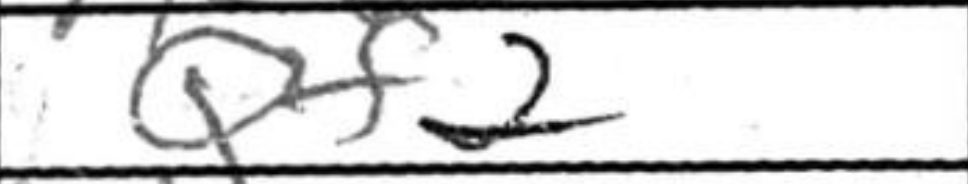
Transcription: Qf2